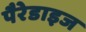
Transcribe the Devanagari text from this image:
पैरेडाइज